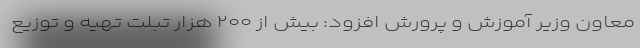
معاون وزیر آموزش و پرورش افزود: بیش از ۲۰۰ هزار تبلت تهیه و توزیع